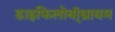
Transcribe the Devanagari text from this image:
डाइफिलोबॉ्थ्रायम